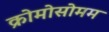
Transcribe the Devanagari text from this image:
क्रोमोसोमम